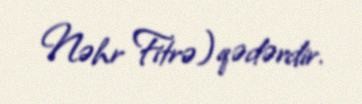
Nəhr Fitrə) qədərdir.